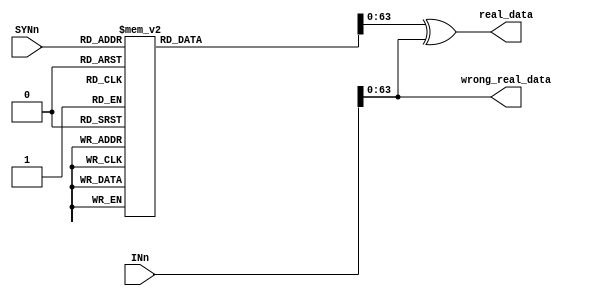
`timescale 1ns / 1ps

module de64_2 (
    input [79:0] INn, 
    input [7:0] SYNn,
    output [63:0] real_data,
    output [63:0] wrong_real_data
    //new
    //input SGLl,
    //input DBLl,
    
    //output SGL,
    //output DBL
);

reg [71:0] LOC;
reg [79:0] OUT;
reg[63:0] r;
reg[63:0] w;
    always @(*) begin
        case(SYNn)
            8'b00100011: LOC <= 72'h00_0000_0000_0000_0001; 
            8'b01000011: LOC <= 72'h00_0000_0000_0000_0002;
            8'b10000011: LOC <= 72'h00_0000_0000_0000_0004;
            8'b00111101: LOC <= 72'h00_0000_0000_0000_0008;
            8'b01000101: LOC <= 72'h00_0000_0000_0000_0010;
            8'b10000101: LOC <= 72'h00_0000_0000_0000_0020;
            8'b10001001: LOC <= 72'h00_0000_0000_0000_0040;
            8'b01001001: LOC <= 72'h00_0000_0000_0000_0080;
            8'b01000110: LOC <= 72'h00_0000_0000_0000_0100;
            8'b10000110: LOC <= 72'h00_0000_0000_0000_0200;
            8'b00000111: LOC <= 72'h00_0000_0000_0000_0400;
            8'b01111010: LOC <= 72'h00_0000_0000_0000_0800;
            8'b10001010: LOC <= 72'h00_0000_0000_0000_1000;
            8'b00001011: LOC <= 72'h00_0000_0000_0000_2000;
            8'b00010011: LOC <= 72'h00_0000_0000_0000_4000;
            8'b10010010: LOC <= 72'h00_0000_0000_0000_8000;
            8'b10001100: LOC <= 72'h00_0000_0000_0001_0000;
            8'b00001101: LOC <= 72'h00_0000_0000_0002_0000;
            8'b00001110: LOC <= 72'h00_0000_0000_0004_0000;
            8'b11110100: LOC <= 72'h00_0000_0000_0008_0000;
            8'b00010101: LOC <= 72'h00_0000_0000_0010_0000;
            8'b00010110: LOC <= 72'h00_0000_0000_0020_0000;
            8'b00100110: LOC <= 72'h00_0000_0000_0040_0000;
            8'b00100101: LOC <= 72'h00_0000_0000_0080_0000;
            8'b00011001: LOC <= 72'h00_0000_0000_0100_0000;
            8'b00011010: LOC <= 72'h00_0000_0000_0200_0000;
            8'b00011100: LOC <= 72'h00_0000_0000_0400_0000;
            8'b11101001: LOC <= 72'h00_0000_0000_0800_0000;
            8'b00101010: LOC <= 72'h00_0000_0000_1000_0000;
            8'b00101100: LOC <= 72'h00_0000_0000_2000_0000;
            8'b01001100: LOC <= 72'h00_0000_0000_4000_0000;
            8'b01001010: LOC <= 72'h00_0000_0000_8000_0000;
            8'b00110010: LOC <= 72'h00_0000_0001_0000_0000;
            8'b00110100: LOC <= 72'h00_0000_0002_0000_0000;
            8'b00111000: LOC <= 72'h00_0000_0004_0000_0000;
            8'b11010011: LOC <= 72'h00_0000_0008_0000_0000;
            8'b01010100: LOC <= 72'h00_0000_0010_0000_0000;
            8'b01011000: LOC <= 72'h00_0000_0020_0000_0000;
            8'b10011000: LOC <= 72'h00_0000_0040_0000_0000;
            8'b10010100: LOC <= 72'h00_0000_0080_0000_0000;
            8'b01100100: LOC <= 72'h00_0000_0100_0000_0000;
            8'b01101000: LOC <= 72'h00_0000_0200_0000_0000;
            8'b01110000: LOC <= 72'h00_0000_0400_0000_0000;
            8'b10100111: LOC <= 72'h00_0000_0800_0000_0000;
            8'b10101000: LOC <= 72'h00_0000_1000_0000_0000;
            8'b10110000: LOC <= 72'h00_0000_2000_0000_0000;
            8'b00110001: LOC <= 72'h00_0000_4000_0000_0000;
            8'b00101001: LOC <= 72'h00_0000_8000_0000_0000;
            8'b11001000: LOC <= 72'h00_0001_0000_0000_0000;
            8'b11010000: LOC <= 72'h00_0002_0000_0000_0000;
            8'b11100000: LOC <= 72'h00_0004_0000_0000_0000;
            8'b01001111: LOC <= 72'h00_0008_0000_0000_0000;
            8'b01010001: LOC <= 72'h00_0010_0000_0000_0000;
            8'b01100001: LOC <= 72'h00_0020_0000_0000_0000;
            8'b01100010: LOC <= 72'h00_0040_0000_0000_0000;
            8'b01010010: LOC <= 72'h00_0080_0000_0000_0000;
            8'b10010001: LOC <= 72'h00_0100_0000_0000_0000;
            8'b10100001: LOC <= 72'h00_0200_0000_0000_0000;
            8'b11000001: LOC <= 72'h00_0400_0000_0000_0000;
            8'b10011110: LOC <= 72'h00_0800_0000_0000_0000;
            8'b10100010: LOC <= 72'h00_1000_0000_0000_0000;
            8'b11000010: LOC <= 72'h00_2000_0000_0000_0000;
            8'b11000100: LOC <= 72'h00_4000_0000_0000_0000;
            8'b10100100: LOC <= 72'h00_8000_0000_0000_0000;
            8'b00000001: LOC <= 72'h01_0000_0000_0000_0000;
            8'b00000010: LOC <= 72'h02_0000_0000_0000_0000;
            8'b00000100: LOC <= 72'h04_0000_0000_0000_0000;
            8'b00001000: LOC <= 72'h08_0000_0000_0000_0000;
            8'b00010000: LOC <= 72'h10_0000_0000_0000_0000;
            8'b00100000: LOC <= 72'h20_0000_0000_0000_0000;
            8'b01000000: LOC <= 72'h40_0000_0000_0000_0000;
            8'b10000000: LOC <= 72'h80_0000_0000_0000_0000;            
            default: LOC <= 0;
        endcase            
        OUT[71:0] <= LOC ^ INn[71:0];
        //
        OUT[79:72] <= INn[79:72];
        r = OUT[63:0];
        w = INn[63:0];
        //
    end
    
    assign wrong_real_data = w;
    assign real_data = r;
    
    //
    //assign SGL = SGLl;
    //assign DBL = SGLl;
endmodule